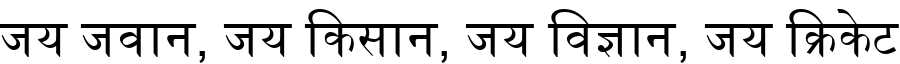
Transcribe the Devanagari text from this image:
जय जवान, जय किसान, जय विज्ञान, जय क्रिकेट